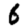
Digit: 6